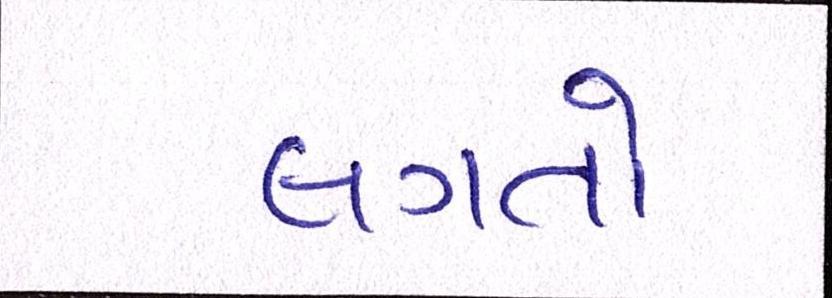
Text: લગતો